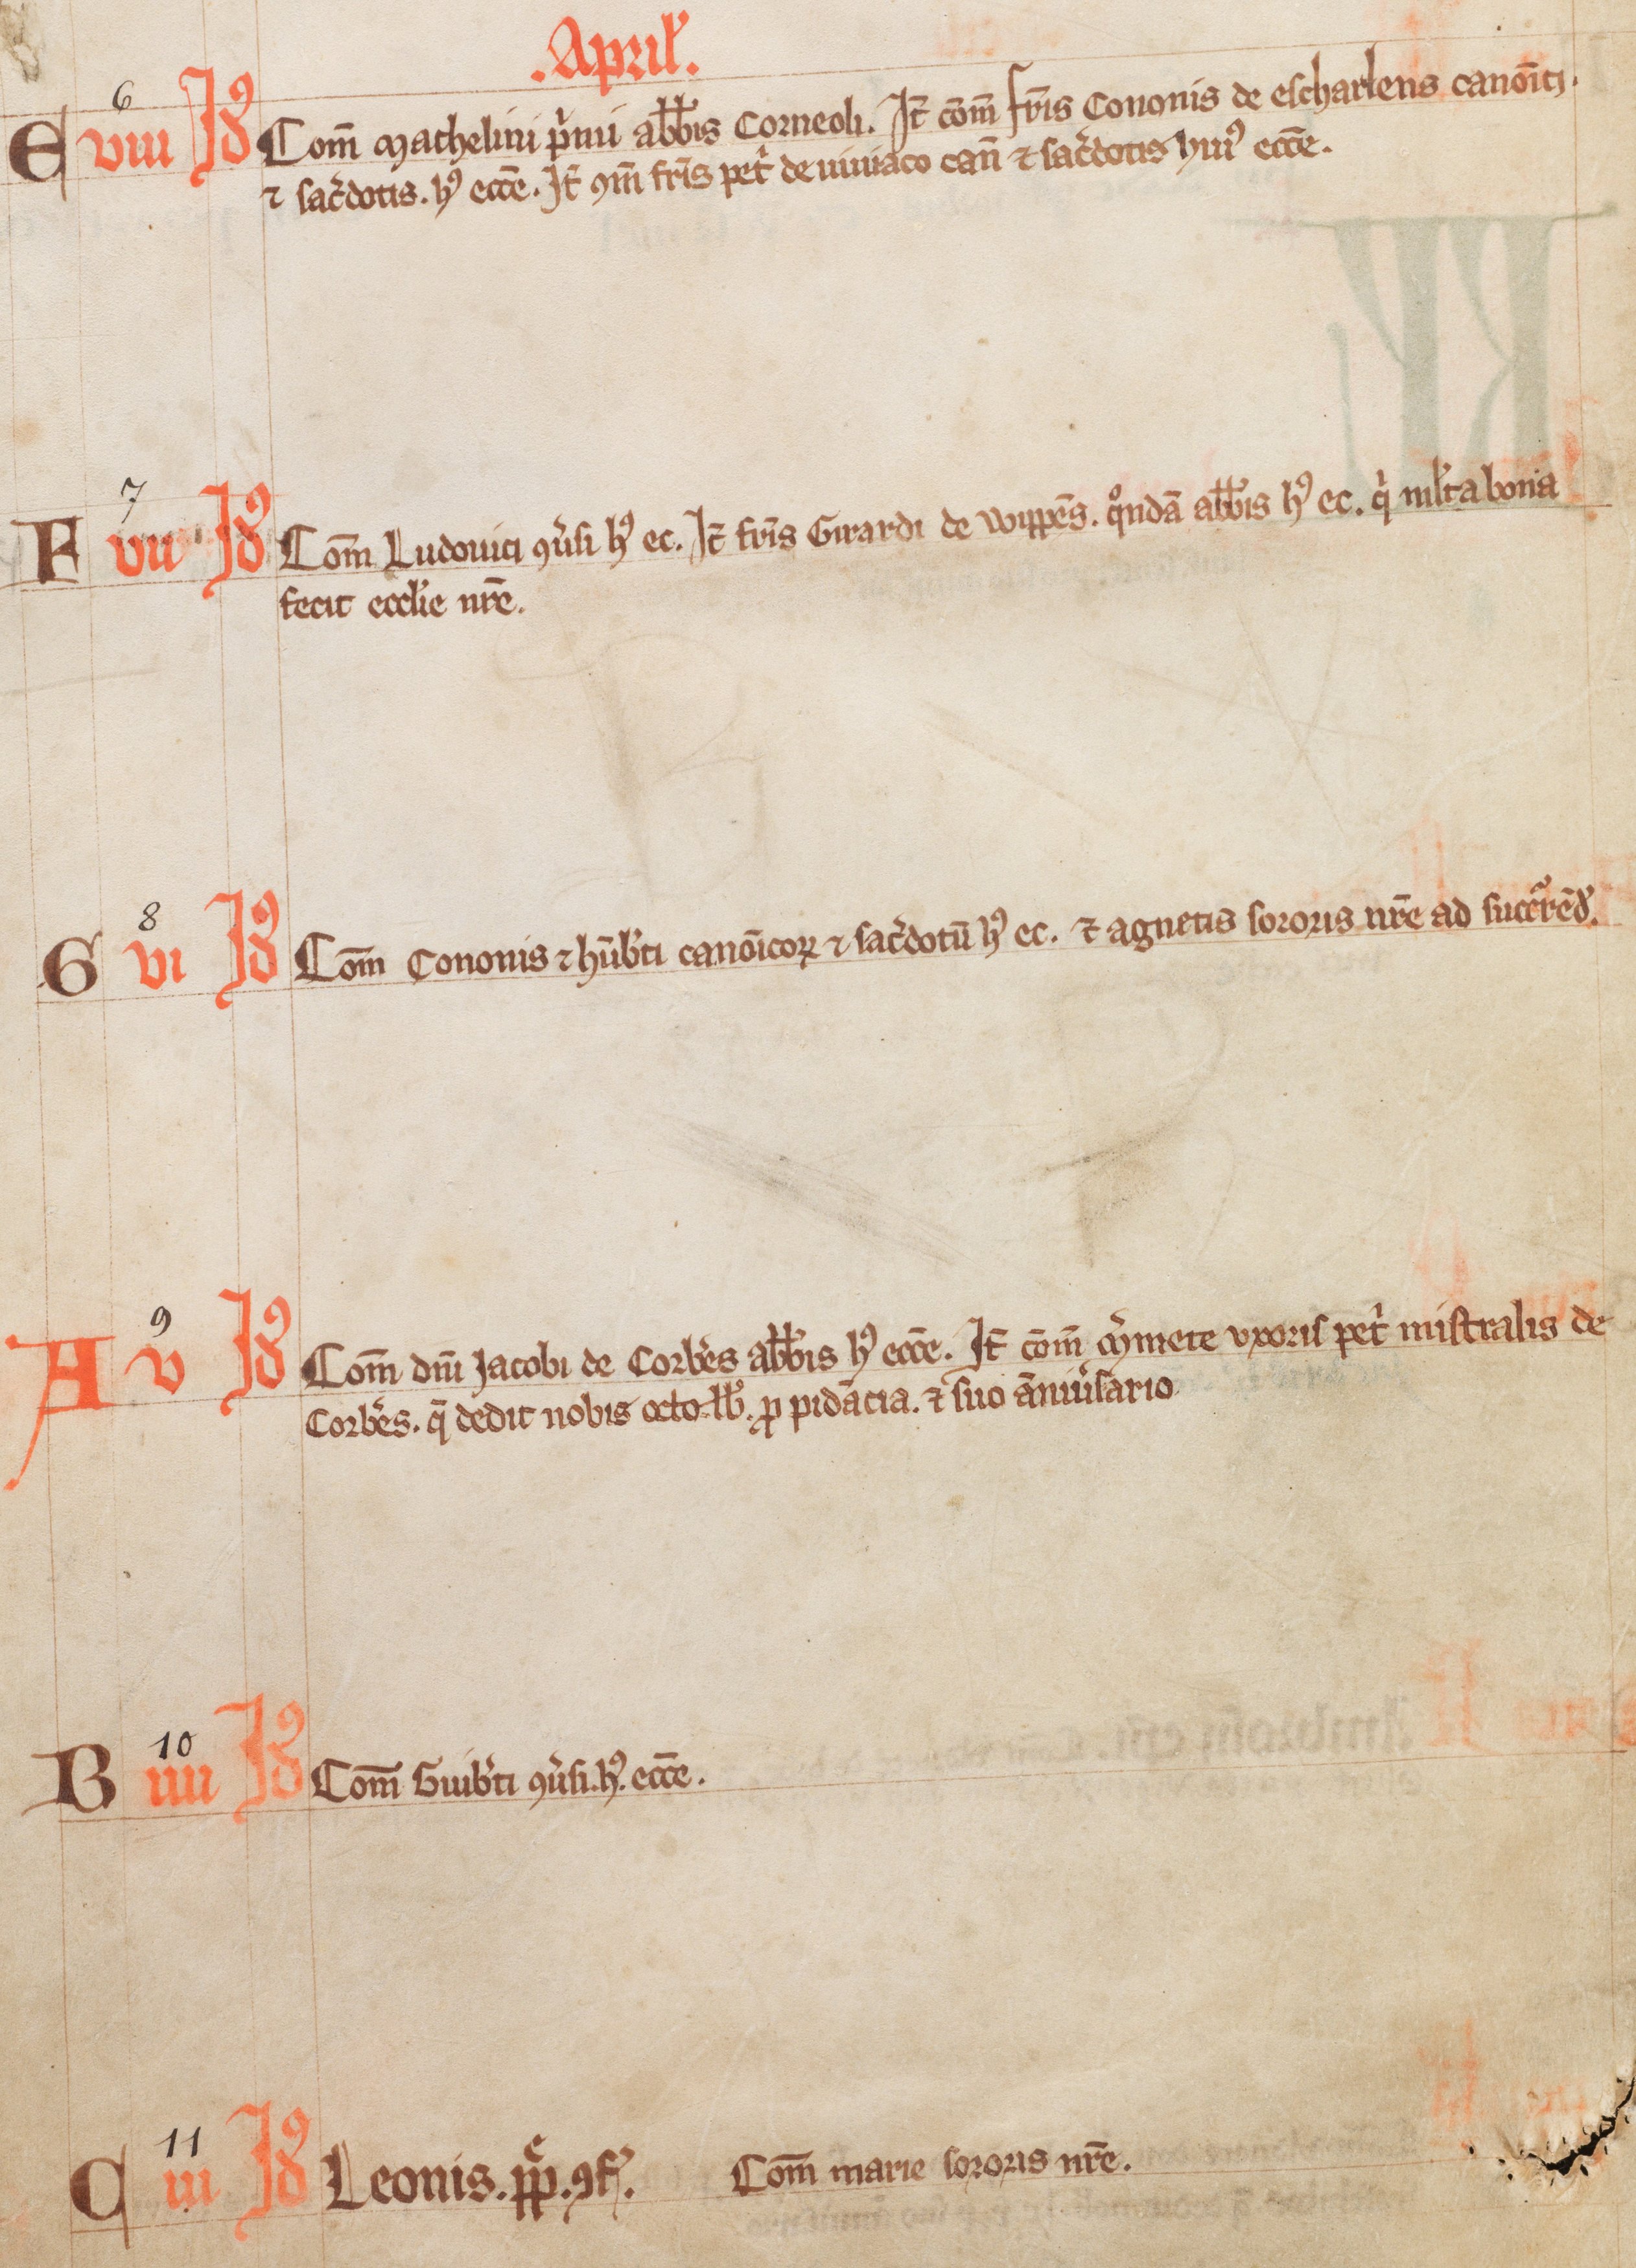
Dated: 1338–1338